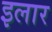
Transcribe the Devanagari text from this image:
इलार